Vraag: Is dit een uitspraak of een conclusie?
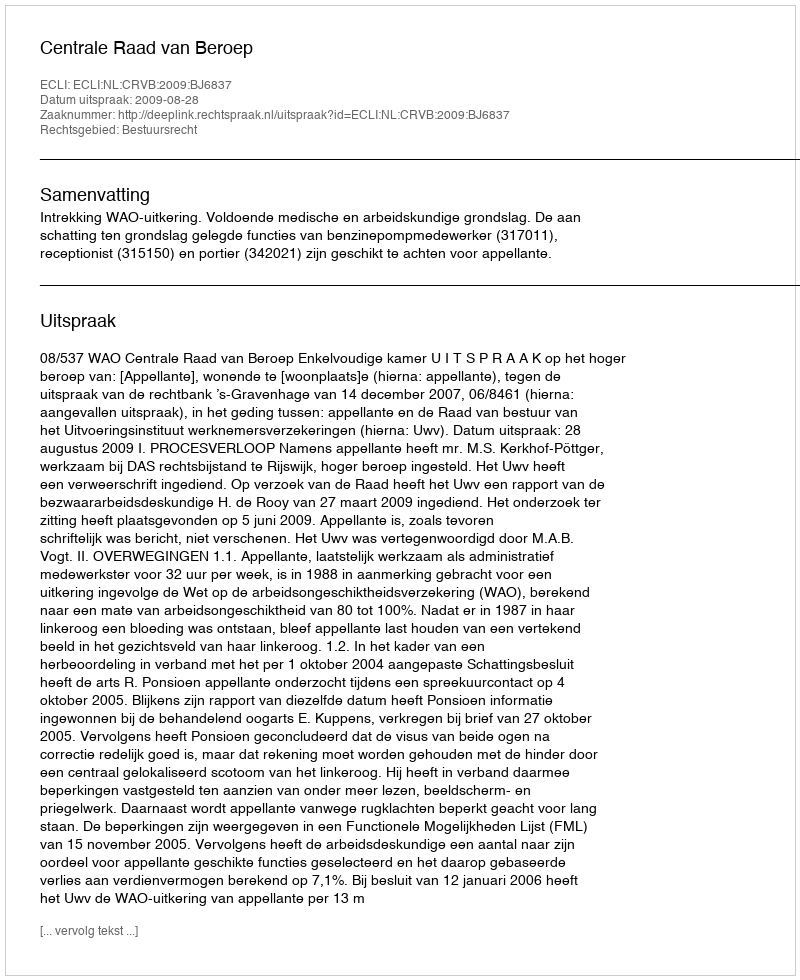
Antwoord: Uitspraak